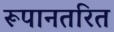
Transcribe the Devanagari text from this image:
रूपानतरित